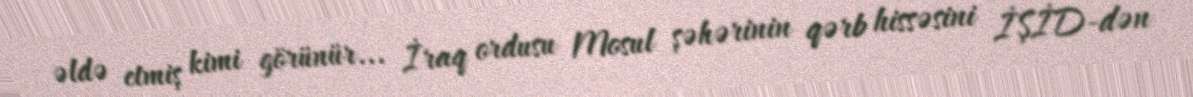
əldə etmiş kimi görünür... İraq ordusu Mosul şəhərinin qərb hissəsini İŞİD-dən